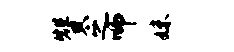
赞之师妹